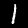
Label: 1